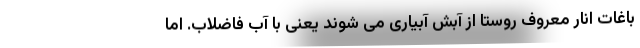
باغات انار معروف روستا از آبش آبیاری می شوند یعنی با آب فاضلاب. اما